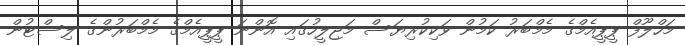
މަހްލޫފް ޕީޕީއެމްގެ މެމްބަރު ކަމުން ވަކިކުރިޔަސް މަޖިލީހުގައި އޮންނަ ޕީޕީއެމްގެ މެމްބަރުންގެ ލިސްޓުން